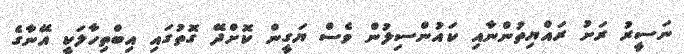
ނަސީރު ރަށު ރައްޔިތުންނާއި ކައުންސިލުން ވެސް ޔަގީން ކޮށްދޭ ގޮތުގައި އިބްތިހާލަކީ އޭނާގެ